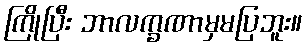
ကြိုပြီး ဘာလက္ခဏာမှမပြဘူး။